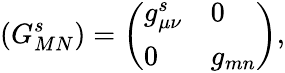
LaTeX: \left(G_{MN}^{s}\right)=\left(\begin{array}{ll}{{g_{\mu\nu}^{s}}}&{{0}}\\ {{0}}&{{g_{mn}}}\end{array}\right),